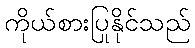
ကိုယ်စားပြုနိုင်သည်